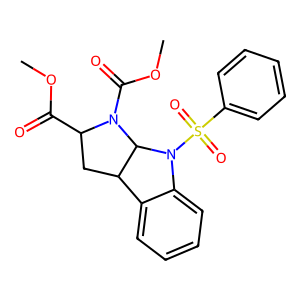
SMILES: COC(=O)C1CC2c3ccccc3N(S(=O)(=O)c3ccccc3)C2N1C(=O)OC
Inhibits HIV replication: No